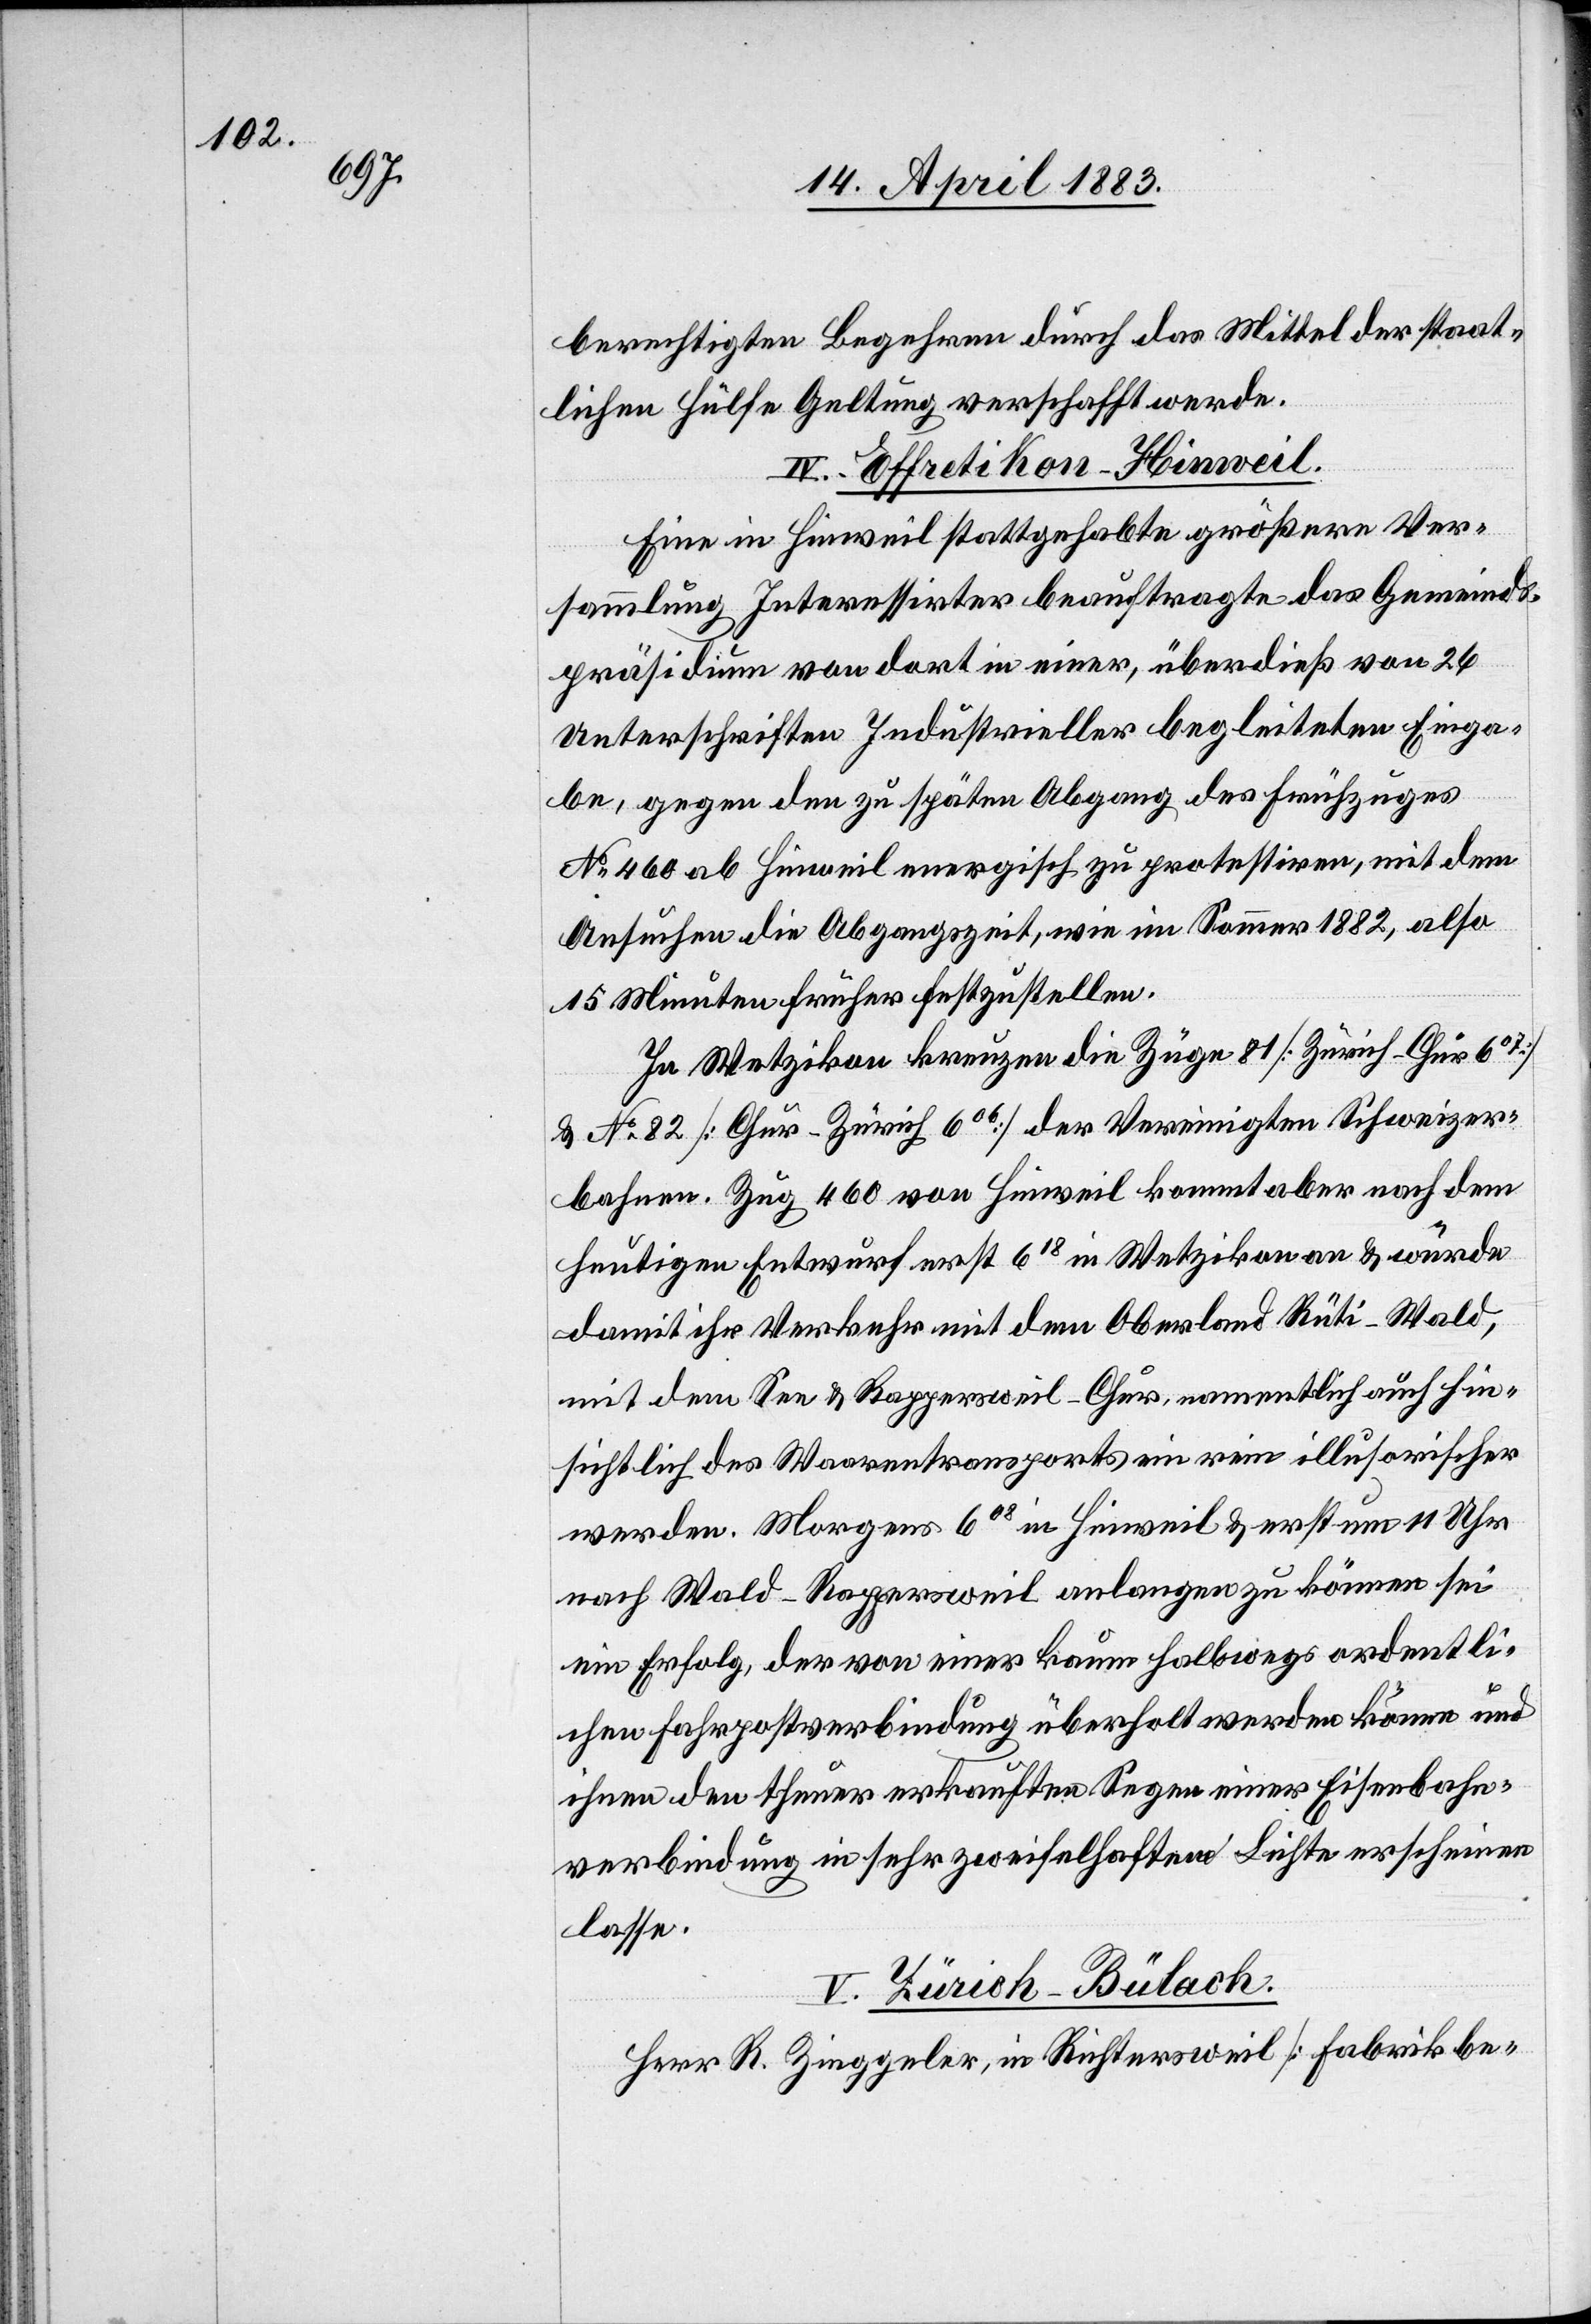
berechtigten Begehren durch das Mittel der staat¬
lichen Hülfe Geltung verschafft werde.
IV. Effretikon–Hinweil.
Eine in Hinweil stattgehabte größere Ver¬
sammlung Interessirter beauftragte das Gemeinds¬
präsidium von dort in einer, überdieß von 26
Unterschriften Industrieller begleiteten Einga¬
be, gegen den zu späten Abgang des Frühzuges
No 460 ab Hinweil energisch zu protestiren, mit dem
Ansuchen die Abgangszeit, wie im Sommer 1882, also
15 Minuten früher festzustellen.
In Wetzikon kreuzen die Züge 81 [Zürich–Chur 607]
& No 82 [Chur–Zürich 606] der Vereinigten Schweizer¬
bahnen. Zug 460 von Hinweil kommt aber nach dem
heutigen Entwurf erst 618 in Wetzikon an & würde
damit ihr Verkehr mit dem Oberland Rüti–Wald,
mit dem See & Rappersweil–Chur namentlich auch hin¬
sichtlich des Waarentransports ein rein illusorischer
werden. Morgens 608 in Hinweil & erst um 11 Uhr
nach Wald–Rappersweil anlangen zu können sei
ein Erfolg, der von einer kaum halbwegs ordentli¬
chen Fahrpostverbindung überholt werden könne und
ihnen den theuer erkauften Segen einer Eisenbahn¬
verbindung in sehr zweifelhaftem Lichte erscheinen
lasse.
V. Zürich–Bülach.
Herr R. Zinggeler, in Richtersweil [Fabrikbe-